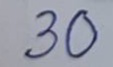
30